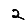
Digit: 2